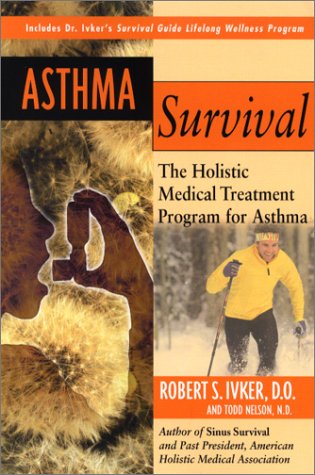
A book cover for Asthma Survival: The Holistic Medical Treatment Program for Asthma; Robert S. Ivker; Health, Fitness & Dieting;